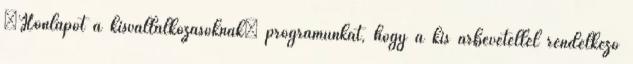
„Honlapot a kisvállalkozásoknak” programunkat, hogy a kis árbevétellel rendelkező